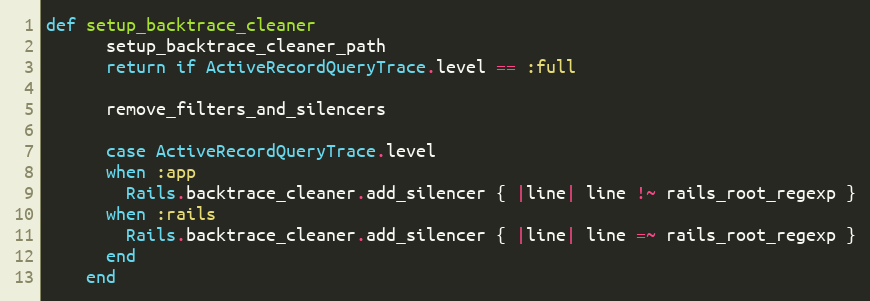
Language: Ruby
def setup_backtrace_cleaner
      setup_backtrace_cleaner_path
      return if ActiveRecordQueryTrace.level == :full

      remove_filters_and_silencers

      case ActiveRecordQueryTrace.level
      when :app
        Rails.backtrace_cleaner.add_silencer { |line| line !~ rails_root_regexp }
      when :rails
        Rails.backtrace_cleaner.add_silencer { |line| line =~ rails_root_regexp }
      end
    end